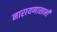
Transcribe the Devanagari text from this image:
नारायणासामी